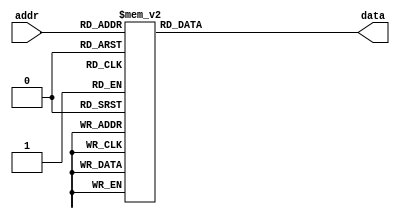
`timescale 1ns / 1ps
//////////////////////////////////////////////////////////////////////////////////
// Company: 
// Engineer: 
// 
// Design Name: 
// Module Name:    ROM_CardE 
// Project Name: 
// Target Devices: 
// Tool versions: 
// Description: 
//
// Dependencies: 
//
// Revision: 
// Revision 0.01 - File Created
// Additional Comments: 
//
//////////////////////////////////////////////////////////////////////////////////
module ROM_CardE(
    input [6:0] addr,
    output reg [269:0] data
    );

always @* begin
	case(addr)
		7'h0: data = 270'b011011011011011011011011011011011011011011011011011011011011011011011011011011011011011011011011011011011011011011011011011011011011011011011011011011011011011011011011011011011011011011011011011011011011011011011011011011011011011011011011011011011011011011011011011011;
		7'h1: data = 270'b011011011011011011011011011011011011011011011011011011011011011011011011011011011011011011011011011011011011011011011011011011011011011011011011011011011011011011011011011011011011011011011011011011011011011011011011011011011011011011011011011011011011011011011011011011;
		7'h2: data = 270'b011011011011011011011011011011011011011011011011011011011011011011011011011011011011011011011011011011011011011011011011011011011011011011011011011011011011011011011011011011011011011011011011011011011011011011011011011011011011011011011011011011011011011011011011011011;
		7'h3: data = 270'b011011011111111111111111111111111111111111111111111111111111111111111111111111111111111111111111111111111111111111111111111111111111111111111111111111111111111111111111111111111111111111111111111111111111111111111111111111111111111111111111111111111111111111111011011011;
		7'h4: data = 270'b011011011111111111111111111111111111111111111111111111111111111111111111111111111111111111111111111111111111111111111111111111111111111111111111111111111111111111111111111111111111111111111111111111111111111111111111111111111111111111111111111111111111111111111011011011;
		7'h5: data = 270'b011011011111111111111111111111111111111111111111111111111111111111111111111111111111111111111111111111111111111111111111111111111111111111111111111111111111111111111111111111111111111111111111111111111111111111111111111111111111111111111111111111111111111111111011011011;
		7'h6: data = 270'b011011011111111111111111111111111111111111111111111111111111111111111111111111111111111111111111111111111111111111111111111111111111111111111111111111111111111111111111111111111111111111111111111111111111111111111111111111111111111111111111111111111111111111111011011011;
		7'h7: data = 270'b011011011111111111111111111111111111111111111111111111111111111111111111111111111111111111111111111111111111111111111111111111111111111111111111111111111111111111111111111111111111111111111111111111111111111111111111111111111111111111111111111111111111111111111011011011;
		7'h8: data = 270'b011011011111111111111111111111111111111111111111111111111111111111111111111111111111111111111111111111111111111111111111111111111111111111111111111111111111111111111111111111111111111111111111111111111111111111111111111111111111111111111111111111111111111111111011011011;
		7'h9: data = 270'b011011011111111111111111111111111111111111111111111111111111111111111111111111111111111111111111111111111111111111111111111111111111111111111111111111111111111111111111111111111111111111111111111111111111111111111111111111111111111111111111111111111111111111111011011011;
		7'ha: data = 270'b011011011111111111111111111111111111111111111111111111111111111111111111111111111111111111111111111111111111111111111111111111111111111111111111111111111111111111111111111111111111111111111111111111111111111111111111111111111111111111111111111111111111111111111011011011;
		7'hb: data = 270'b011011011111111111111111111111111111111111111111111111111111111111111111111111111111111111111111111111111111111111111111111111111111111111111111111111111111111111111111111111111111111111111111111111111111111111111111111111111111111111111111111111111111111111111011011011;
		7'hc: data = 270'b011011011111111111111111111111111111111111111111111111111111111111111111111111111111111111111111111111111111111111111111111111111111111111111111111111111111111111111111111111111111111111111111111111111111111111111111111111111111111111111111111111111111111111111011011011;
		7'hd: data = 270'b011011011111111111111111111111111111111111111111111111111111111111111111111111111111111111111111111111111111111111111111111111111111111111111111111111111111111111111111111111111111111111111111111111111111111111111111111111111111111111111111111111111111111111111011011011;
		7'he: data = 270'b011011011111111111111111111111111111111111111111111111111111111111111111111111111111111111111111111111111111111111111111111111111111111111111111111111111111111111111111111111111111111111111111111111111111111111111111111111111111111111111111111111111111111111111011011011;
		7'hf: data = 270'b011011011111111111111111111111111111111111111111111111111111111111111111111111111111111111111111111111111111111111111111111111111111111111111111111111111111111111111111111111111111111111111111111111111111111111111111111111111111111111111111111111111111111111111011011011;
		7'h10: data = 270'b011011011111111111111111111111111111111111111111111111111111111111111111111111111111111111111111111111111111111111111111111111111111111111111111111111111111111111111111111111111111111111111111111111111111111111111111111111111111111111111111111111111111111111111011011011;
		7'h11: data = 270'b011011011111111111111111111111111111111111111111111111111111111111111111111111111111111111111111111111111111111111111111111111111111111111111111111111111111111111111111111111111111111111111111111111111111111111111111111111111111111111111111111111111111111111111011011011;
		7'h12: data = 270'b011011011111111111111111111111111111111111111111111111111111111111111111111111111111111111111111111111111111111111011111111111111111111111111111111011011111111111111111111111111111111111111111111111111111111111111111111111111111111111111111111111111111111111111011011011;
		7'h13: data = 270'b011011011111111111111111111111111111111111111111111111111111111111111111111111111111111111111111111111111011011011011011011011111111111111111011011011011011011011111111111111111111111111111111111111111111111111111111111111111111111111111111111111111111111111111011011011;
		7'h14: data = 270'b011011011111111111111111111111111111111111111111111111111111111111111111111111111111111111111111111011011011011011011011011011011011011011011011011011011011011011011111111111111111111111111111111111111111111111111111111111111111111111111111111111111111111111111011011011;
		7'h15: data = 270'b011011011111111111111111111111111111111111111111111111111111111111111111111111111111111111111111111011011011011011011011011011011011011011011011011011011011011011011011111111111111111111111111111111111111111111111111111111111111111111111111111111111111111111111011011011;
		7'h16: data = 270'b011011011111111111111111111111111111111111111111111111111111111111111111111111111111111111111111011011011011011011011011011011011011011011011011011011011011011011011011111111111111111111111111111111111111111111111111111111111111111111111111111111111111111111111011011011;
		7'h17: data = 270'b011011011111111111111111111111111111111111111111111111111111111111111111111111111111111111111111011011011011011011011011011011011011011011011011011011011011011011011011011111111111111111111111111111111111111111111111111111111111111111111111111111111111111111111011011011;
		7'h18: data = 270'b011011011111111111111111111111111111111111111111111111111111111111111111111111111111111111111111011011011011011011011011011011011011011011011011011011011011011011011011111111111111111111111111111111111111111111111111111111111111111111111111111111111111111111111011011011;
		7'h19: data = 270'b011011011111111111111111111111111111111111111111111111111111111111111111111111111111111111111111111011011011011011011011011011011011011011011011011011011011011011011011111111111111111111111111111111111111111111111111111111111111111111111111111111111111111111111011011011;
		7'h1a: data = 270'b011011011111111111111111111111111111111111111111111111111111111111111111111111111111111111111111111011011011011011011011011011011011011011011011011011011011011011011111111111111111111111111111111111111111111111111111111111111111111111111111111111111111111111111011011011;
		7'h1b: data = 270'b011011011111111111111111111111111111111111111111111111111111111111111111111111111111111111111111111111011011011011011011011011011011011011011011011011011011011011011111111111111111111111111111111111111111111111111111111111111111111111111111111111111111111111111011011011;
		7'h1c: data = 270'b011011011111111111111111111111111111111111111111111111111111111111011011011011011111111111111111111111011011011011011011011011011011011011011011011011011011011011011111111111111111111011011011011011111111111111111111111111111111111111111111111111111111111111111011011011;
		7'h1d: data = 270'b011011011111111111111111111111111111111111111111111111111111111011011011011011011011111111111111111111111011011011011011011011011011011011011011011011011011011011111111111111111111011011011011011011011011111111111111111111111111111111111111111111111111111111111011011011;
		7'h1e: data = 270'b011011011111111111111111111111111111111111111111111111111111011011011011011011011011011111111111111111111011011011011011011011011011011011011011011011011011011111111111111111111011011011011011011011011011111111111111111111111111111111111111111111111111111111111011011011;
		7'h1f: data = 270'b011011011111111111111111111111111111111111111111111111111111011011011011011011011011011011011111111111111111011011011011011011011011011011011011011011011011011111111111111111011011011011011011011011011011011111111111111111111111111111111111111111111111111111111011011011;
		7'h20: data = 270'b011011011111111111111111111111111111111111111111111111111011011011011011011011011011011011011111111111111111011011011011011011011011011011011011011011011011111111111111111011011011011011011011011011011011011111111111111111111111111111111111111111111111111111111011011011;
		7'h21: data = 270'b011011011111111111111111111111111111111111111111111111111011011011011011011011011011011011011011111111111111111011011011011011011011011011011011011011011011111111111111011011011011011011011011011011011011011111111111111111111111111111111111111111111111111111111011011011;
		7'h22: data = 270'b011011011111111111111111111111111111111111111111111111111011011011011011011011011011011011011011011111111111111011011011011011011011011011011011011011011111111111111011011011011011011011011011011011011011011111111111111111111111111111111111111111111111111111111011011011;
		7'h23: data = 270'b011011011111111111111111111111111111111111111111111111111011011011011011011011011011011011011011011011111111111111011011011011011011011011011011011011011111111111011011011011011011011011011011011011011011011111111111111111111111111111111111111111111111111111111011011011;
		7'h24: data = 270'b011011011111111111111111111111111111111111111111111111111011011011011011011011011011011011011011011011011111111111011011011011011011011011011011011011111111111011011011011011011011011011011011011011011011011111111111111111111111111111111111111111111111111111111011011011;
		7'h25: data = 270'b011011011111111111111111111111111111111111111111111111111011011011011011011011011011011011011011011011011011111111111011011011011011011011011011011011111111011011011011011011011011011011011011011011011011011111111111111111111111111111111111111111111111111111111011011011;
		7'h26: data = 270'b011011011111111111111111111111111111111111111111111111111011011011011011011011011011011011011011011011011011011111111111011011011011011011011011011111111011011011011011011011011011011011011011011011011011011111111111111111111111111111111111111111111111111111111011011011;
		7'h27: data = 270'b011011011111111111111111111111111111111111111111111111111011011011011011011011011011011011011011011011011011011011111111011011011011011011011011111111111011011011011011011011011011011011011011011011011011011011111111111111111111111111111111111111111111111111111011011011;
		7'h28: data = 270'b011011011111111111111111111111111111111111111111111111011011011011011011011011011011011011011011011011011011011011011111111011011011011011011011111111011011011011011011011011011011011011011011011011011011011011011111111111111111111111111111111111111111111111111011011011;
		7'h29: data = 270'b011011011111111111111111111111111111111111111111111011011011011011011011011011011011011011011011011011011011011011011011111011011011011011011111111011011011011011011011011011011011011011011011011011011011011011011011111111111111111111111111111111111111111111111011011011;
		7'h2a: data = 270'b011011011111111111111111111111111111111111111111011011011011011011011011011011011011011011011011011011011011011011011011011111011011011011011111011011011011011011011011011011011011011011011011011011011011011011011011111111111111111111111111111111111111111111111011011011;
		7'h2b: data = 270'b011011011111111111111111111111111111111111111111011011011011011011011011011011011011011011011011011011011011011011011011011011111011011011111011011011011011011011011011011011011011011011011011011011011011011011011011011111111111111111111111111111111111111111111011011011;
		7'h2c: data = 270'b011011011111111111111111111111111111111111111011011011011011011011011011011011011011011011011011011011011011011011011011011011011011011011011011011011011011011011011011011011011011011011011011011011011011011011011011011111111111111111111111111111111111111111111011011011;
		7'h2d: data = 270'b011011011111111111111111111111111111111111111011011011011011011011011011011011011011011011011011011011011011011011011011011011011011011011011011011011011011011011011011011011011011011011011011011011011011011011011011011111111111111111111111111111111111111111111011011011;
		7'h2e: data = 270'b011011011111111111111111111111111111111111111011011011011011011011011011011011011011011011011011011011011011011011011011011011011011011011011011011011011011011011011011011011011011011011011011011011011011011011011011011111111111111111111111111111111111111111111011011011;
		7'h2f: data = 270'b011011011111111111111111111111111111111111111111011011011011011011011011011011011011011011011011011011011011011011011011111111011011011011011111111011011011011011011011011011011011011011011011011011011011011011011011011111111111111111111111111111111111111111111011011011;
		7'h30: data = 270'b011011011111111111111111111111111111111111111111011011011011011011011011011011011011011011011011011011011111111111111111011011011011011011011011011111111111111011011011011011011011011011011011011011011011011011011011011111111111111111111111111111111111111111111011011011;
		7'h31: data = 270'b011011011111111111111111111111111111111111111111011011011011011011011011011011011011011011111111111111111111111111011011011011011011111011011011011011011111111111111111111111011011011011011011011011011011011011011011111111111111111111111111111111111111111111111011011011;
		7'h32: data = 270'b011011011111111111111111111111111111111111111111111011011011011011011011011111111111111111111111111111111011011011011011011011011011111011011011011011011011011111111111111111111111111111111111011011011011011011011111111111111111111111111111111111111111111111111011011011;
		7'h33: data = 270'b011011011111111111111111111111111111111111111111111111111111111111111111111111111111111111111111111011011011011011011011011011011011111011011011011011011011011011011011111111111111111111111111111111111111111111111111111111111111111111111111111111111111111111111011011011;
		7'h34: data = 270'b011011011111111111111111111111111111111111111111111111111111111111111111111111111111111111111011011011011011011011011011011011011011111011011011011011011011011011011011011011111111111111111111111111111111111111111111111111111111111111111111111111111111111111111011011011;
		7'h35: data = 270'b011011011111111111111111111111111111111111111111111111111111111111111111111111111111111011011011011011011011011011011011011011011011111011011011011011011011011011011011011011011011111111111111111111111111111111111111111111111111111111111111111111111111111111111011011011;
		7'h36: data = 270'b011011011111111111111111111111111111111111111111111111111111111111111111111111111011011011011011011011011011011011011011011011011111111011011011011011011011011011011011011011011011011011111111111111111111111111111111111111111111111111111111111111111111111111111011011011;
		7'h37: data = 270'b011011011111111111111111111111111111111111111111111111111111111111111111111011011011011011011011011011011011011011011011011011011111111011011011011011011011011011011011011011011011011011011011111111111111111111111111111111111111111111111111111111111111111111111011011011;
		7'h38: data = 270'b011011011111111111111111111111111111111111111111111111111111111111111011011011011011011011011011011011011011011011011011011011011111111011011011011011011011011011011011011011011011011011011011011011111111111111111111111111111111111111111111111111111111111111111011011011;
		7'h39: data = 270'b011011011111111111111111111111111111111111111111111111111111111111011011011011011011011011011011011011011011011011011011011011011111111011011011011011011011011011011011011011011011011011011011011011011111111111111111111111111111111111111111111111111111111111111011011011;
		7'h3a: data = 270'b011011011111111111111111111111111111111111111111111111111111111011011011011011011011011011011011011011011011011011011011011011011111111111011011011011011011011011011011011011011011011011011011011011011011111111111111111111111111111111111111111111111111111111111011011011;
		7'h3b: data = 270'b011011011111111111111111111111111111111111111111111111111111011011011011011011011011011011011011011011011011011011011011011011011111111111011011011011011011011011011011011011011011011011011011011011011011111111111111111111111111111111111111111111111111111111111011011011;
		7'h3c: data = 270'b011011011111111111111111111111111111111111111111111111111111011011011011011011011011011011011011011011011011011011011011011011011111111111011011011011011011011011011011011011011011011011011011011011011011011111111111111111111111111111111111111111111111111111111011011011;
		7'h3d: data = 270'b011011011111111111111111111111111111111111111111111111111111011011011011011011011011011011011011011011011011011011011011011011011111111111011011011011011011011011011011011011011011011011011011011011011011111111111111111111111111111111111111111111111111111111111011011011;
		7'h3e: data = 270'b011011011111111111111111111111111111111111111111111111111111011011011011011011011011011011011011011011011011011011011011011011011111111111011011011011011011011011011011011011011011011011011011011011011011111111111111111111111111111111111111111111111111111111111011011011;
		7'h3f: data = 270'b011011011111111111111111111111111111111111111111111111111111111011011011011011011011011011011011011011011011011011011011011011111111111111011011011011011011011011011011011011011011011011011011011011011011111111111111111111111111111111111111111111111111111111111011011011;
		7'h40: data = 270'b011011011111111111111111111111111111111111111111111111111111111111011011011011011011011011011011011011011011011011011011011011111111111111011011011011011011011011011011011011011011011011011011011011011111111111111111111111111111111111111111111111111111111111111011011011;
		7'h41: data = 270'b011011011111111111111111111111111111111111111111111111111111111111111011011011011011011011011011011011011011011011011011011011111111111111011011011011011011011011011011011011011011011011011011011011111111111111111111111111111111111111111111111111111111111111111011011011;
		7'h42: data = 270'b011011011111111111111111111111111111111111111111111111111111111111111111011011011011011011011011011011011011011011011011011011111111111111111011011011011011011011011011011011011011011011011011111111111111111111111111111111111111111111111111111111111111111111111011011011;
		7'h43: data = 270'b011011011111111111111111111111111111111111111111111111111111111111111111111111111111011011011011011011011011011011011011011011111111111111111011011011011011011011011011011011011011111111111111111111111111111111111111111111111111111111111111111111111111111111111011011011;
		7'h44: data = 270'b011011011111111111111111111111111111111111111111111111111111111111111111111111111111111111011011011011011011011011011011011011111111111111111011011011011011011011011011011011011111111111111111111111111111111111111111111111111111111111111111111111111111111111111011011011;
		7'h45: data = 270'b011011011111111111111111111111111111111111111111111111111111111111111111111111111111111111011011011011011011011011011011011011111111111111111011011011011011011011011011011011011111111111111111111111111111111111111111111111111111111111111111111111111111111111111011011011;
		7'h46: data = 270'b011011011111111111111111111111111111111111111111111111111111111111111111111111111111111111111011011011011011011011011011011111111111111111111011011011011011011011011011011011111111111111111111111111111111111111111111111111111111111111111111111111111111111111111011011011;
		7'h47: data = 270'b011011011111111111111111111111111111111111111111111111111111111111111111111111111111111111111011011011011011011011011011011111111111111111111111011011011011011011011011011111111111111111111111111111111111111111111111111111111111111111111111111111111111111111111011011011;
		7'h48: data = 270'b011011011111111111111111111111111111111111111111111111111111111111111111111111111111111111111111011011011011011011011011111111111111111111111111011011011011011011011011111111111111111111111111111111111111111111111111111111111111111111111111111111111111111111111011011011;
		7'h49: data = 270'b011011011111111111111111111111111111111111111111111111111111111111111111111111111111111111111111111111011011011011011111111111111111111111111111111011011011011011011111111111111111111111111111111111111111111111111111111111111111111111111111111111111111111111111011011011;
		7'h4a: data = 270'b011011011111111111111111111111111111111111111111111111111111111111111111111111111111111111111111111111111111111111111111111111111111111111111111111111111111111111111111111111111111111111111111111111111111111111111111111111111111111111111111111111111111111111111011011011;
		7'h4b: data = 270'b011011011111111111111111111111111111111111111111111111111111111111111111111111111111111111111111111111111111111111111111111111111111111111111111111111111111111111111111111111111111111111111111111111111111111111111111111111111111111111111111111111111111111111111011011011;
		7'h4c: data = 270'b011011011111111111111111111111111111111111111111111111111111111111111111111111111111111111111111111111111111111111111111111111111111111111111111111111111111111111111111111111111111111111111111111111111111111111111111111111111111111111111111111111111111111111111011011011;
		7'h4d: data = 270'b011011011111111111111111111111111111111111111111111111111111111111111111111111111111111111111111111111111111111111111111111111111111111111111111111111111111111111111111111111111111111111111111111111111111111111111111111111111111111111111111111111111111111111111011011011;
		7'h4e: data = 270'b011011011111111111111111111111111111111111111111111111111111111111111111111111111111111111111111111111111111111111111111111111111111111111111111111111111111111111111111111111111111111111111111111111111111111111111111111111111111111111111111111111111111111111111011011011;
		7'h4f: data = 270'b011011011111111111111111111111111111111111111111111111111111111111111111111111111111111111111111111111111111111111111111111111111111111111111111111111111111111111111111111111111111111111111111111111111111111111111111111111111111111111111111111111111111111111111011011011;
		7'h50: data = 270'b011011011111111111111111111111111111111111111111111111111111111111111111111111111111111111111111111111111111111111111111111111111111111111111111111111111111111111111111111111111111111111111111111111111111111111111111111111111111111111111111111111111111111111111011011011;
		7'h51: data = 270'b011011011111111111111111111111111111111111111111111111111111111111111111111111111111111111111111111111111111111111111111111111111111111111111111111111111111111111111111111111111111111111111111111111111111111111111111111111111111111111111111111111111111111111111011011011;
		7'h52: data = 270'b011011011111111111111111111111111111111111111111111111111111111111111111111111111111111111111111111111111111111111111111111111111111111111111111111111111111111111111111111111111111111111111111111111111111111111111111111111111111111111111111111111111111111111111011011011;
		7'h53: data = 270'b011011011111111111111111111111111111111111111111111111111111111111111111111111111111111111111111111111111111111111111111111111111111111111111111111111111111111111111111111111111111111111111111111111111111111111111111111111111111111111111111111111111111111111111011011011;
		7'h54: data = 270'b011011011111111111111111111111111111111111111111111111111111111111111111111111111111111111111111111111111111111111111111111111111111111111111111111111111111111111111111111111111111111111111111111111111111111111111111111111111111111111111111111111111111111111111011011011;
		7'h55: data = 270'b011011011111111111111111111111111111111111111111111111111111111111111111111111111111111111111111111111111111111111111111111111111111111111111111111111111111111111111111111111111111111111111111111111111111111111111111111111111111111111111111111111111111111111111011011011;
		7'h56: data = 270'b011011011111111111111111111111111111111111111111111111111111111111111111111111111111111111111111111111111111111111111111111111111111111111111111111111111111111111111111111111111111111111111111111111111111111111111111111111111111111111111111111111111111111111111011011011;
		7'h57: data = 270'b011011011011011011011011011011011011011011011011011011011011011011011011011011011011011011011011011011011011011011011011011011011011011011011011011011011011011011011011011011011011011011011011011011011011011011011011011011011011011011011011011011011011011011011011011011;
		7'h58: data = 270'b011011011011011011011011011011011011011011011011011011011011011011011011011011011011011011011011011011011011011011011011011011011011011011011011011011011011011011011011011011011011011011011011011011011011011011011011011011011011011011011011011011011011011011011011011011;
		7'h59: data = 270'b011011011011011011011011011011011011011011011011011011011011011011011011011011011011011011011011011011011011011011011011011011011011011011011011011011011011011011011011011011011011011011011011011011011011011011011011011011011011011011011011011011011011011011011011011011;

		default: data = 270'b0;
	endcase
end
endmodule